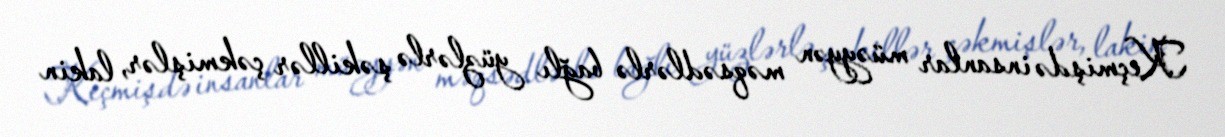
Keçmişdə insanlar müəyyən məqsədlərlə bağlı yüzlərlə şəkillər çəkmişlər, lakin